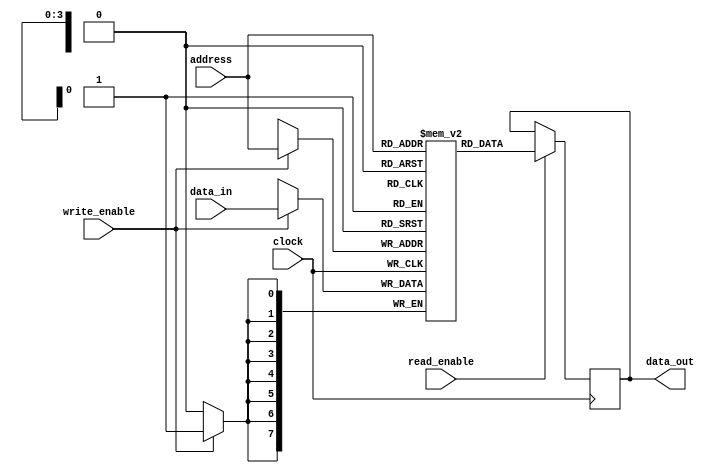
module SDRAM (
    input wire [7:0] data_in,
    input wire [3:0] address,
    input wire write_enable,
    input wire read_enable,
    input wire clock,
    output reg [7:0] data_out
);

reg [7:0] memory [15:0]; // 16 memory locations with 8-bit data

always @(posedge clock) begin
    if (read_enable) begin
        data_out <= memory[address];
    end
    if (write_enable) begin
        memory[address] <= data_in;
    end
end

endmodule